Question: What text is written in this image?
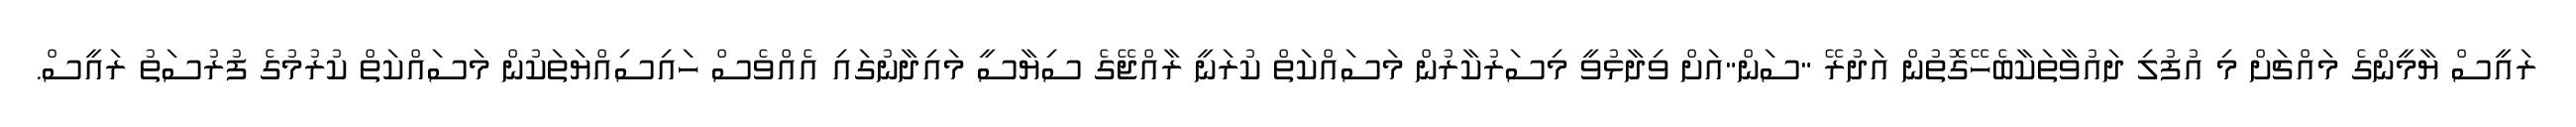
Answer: ރައީސް ޔާމީންގެ މައްޗަށް މި އުފުލި ދައުވާތަކާބެހޭގޮތުން އަދުރޭ "ސަން"އަށް ވިދާޅުވީ މިސަރުކާރުން މަސައްކަތް ކުރަނީ ރާއްޖޭގެ ސިޔާސީ މައިދާނުގައި އެއްވެސް ހައިސިއްޔަތަކުން މަސައްކަތް ކުރުމުގެ ފުރުސަތު ރައީސް.